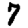
Digit: 7